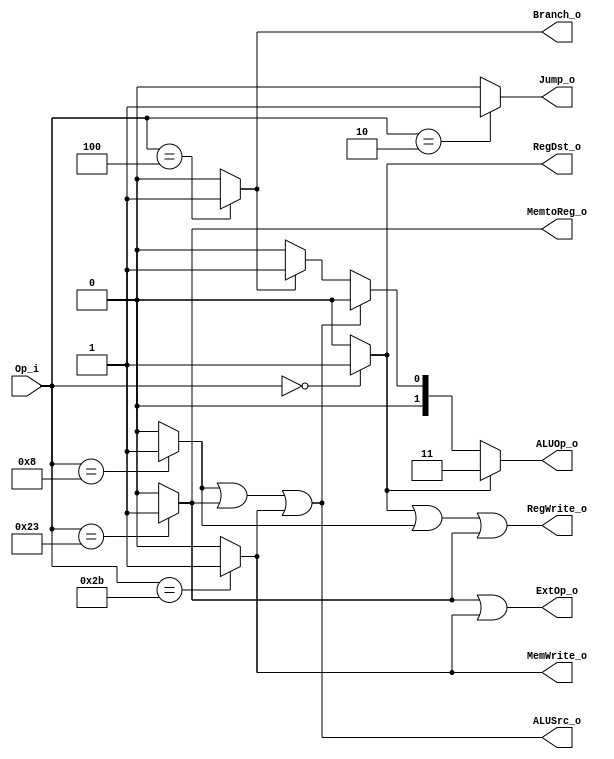
module Control(
    input [5:0] Op_i,
    output RegDst_o,
    output RegWrite_o,
    output MemWrite_o,
    output MemtoReg_o,
    output Branch_o,
    output Jump_o,
    output ExtOp_o,
    output ALUSrc_o,
    output [1:0] ALUOp_o
);

parameter ADD   = 2'b00;
parameter SUB   = 2'b01;
parameter OR    = 2'b10;
parameter RTYPE = 2'b11;

wire r_type, addi, lw, sw, beq, jump;

// According to pdf page 4 and hw4
// assign TYPE values for instructions
assign r_type = (Op_i == 6'b00_0000) ? 1 : 0;
assign addi   = (Op_i == 6'b00_1000) ? 1 : 0;
assign lw     = (Op_i == 6'b10_0011) ? 1 : 0;
assign sw     = (Op_i == 6'b10_1011) ? 1 : 0;
assign beq    = (Op_i == 6'b00_0100) ? 1 : 0;
assign jump   = (Op_i == 6'b00_0010) ? 1 : 0;

// assign SIGNAL values for use
assign RegDst_o   = r_type;
assign RegWrite_o = r_type | addi | lw;
assign MemWrite_o = sw;
assign MemtoReg_o = lw;
assign Branch_o   = beq;
assign Jump_o     = jump;
assign ExtOp_o    = lw | sw;
assign ALUSrc_o   = addi | lw | sw;
assign ALUOp_o    = r_type ? RTYPE :
                    addi | lw | sw ? ADD :
                    beq ? SUB : 2'b00;

endmodule